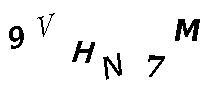
9VHN7M